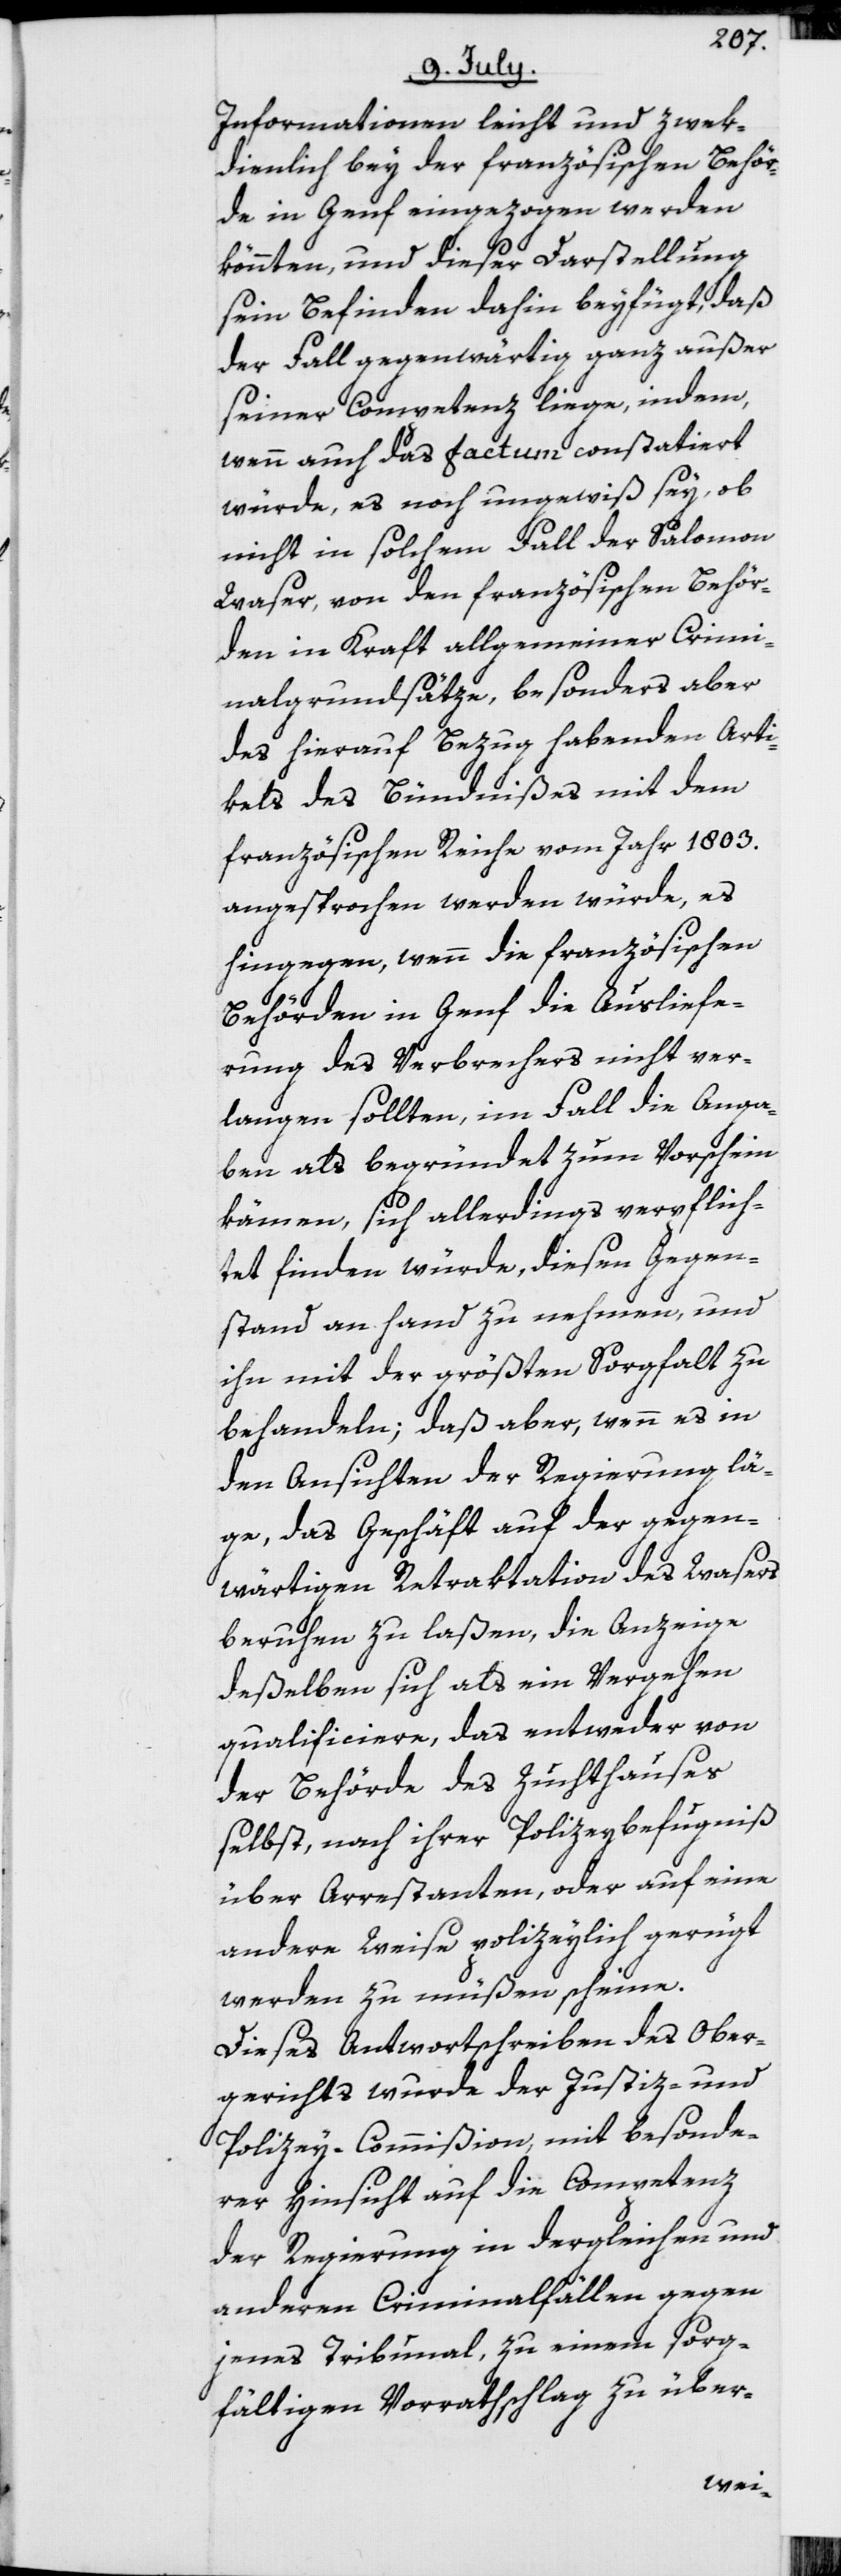
Informationen leicht und zwek¬
dienlich bey der französischen Behör¬
de in Genf eingezogen werden
könnten, und dieser Darstellung
sein Befinden dahin beyfügt, daß
der Fall gegenwärtig ganz außer
seiner Competenz liege, indem,
wenn auch das Factum constatiert
würde, es noch ungewiß sey, ob
nicht in solchem Fall der Salomon
Waser, von den französischen Behör¬
den in Kraft allgemeiner Crimi¬
nalgrundsätze, besonders aber
des hierauf Bezug habenden Arti¬
kels des Bündnißes mit dem
französischen Reiche vom Jahr 1803.
angesprochen werden würde, es
hingegen, wenn die französischen
Behörden in Genf die Ausliefe¬
rung des Verbrechers nicht ver¬
langen sollten, im Fall die Anga¬
ben als begründet zum Vorschein
kämen, sich allerdings verpflich¬
tet finden würde, diesen Gegen¬
stand an hand zu nehmen, und
ihn mit der größten Sorgfalt zu
behandeln; daß aber, wenn es in
den Ansichten der Regierung lä¬
ge, das Geschäft auf der gegen¬
wärtigen Retraktation des Wasers
beruhen zu laßen, die Anzeige
deßelben sich als ein Vergehen
qualificiere, das entweder von
der Behörde des Zuchthauses
selbst, nach ihrer Polizeybefugniß
über Arrestanten, oder auf eine
andere Weise polizeylich gerügt
werden zu müßen scheine.
Dieses Antwortschreiben des Ober¬
gerichts wurde der Justiz- und
Polizey-Commißion, mit besonde¬
rer Hinsicht auf die Competenz
der Regierung in dergleichen und
anderen Criminalfällen gegen
jenes Tribunal, zu einem sorg¬
fältigen Vorrathschlag zu über-